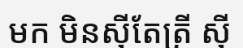
មក មិនស៊ីតែត្រី ស៊ី